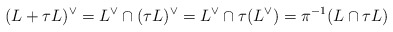
\begin{align*} (L + \tau L)^\vee = L^\vee \cap (\tau L)^\vee = L^\vee \cap \tau (L^\vee) = \pi^{-1} (L \cap \tau L)\end{align*}